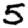
Digit: 5